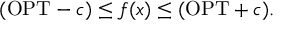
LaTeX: ( \mathrm { O P T } - c ) \leq f ( x ) \leq ( \mathrm { O P T } + c ) .